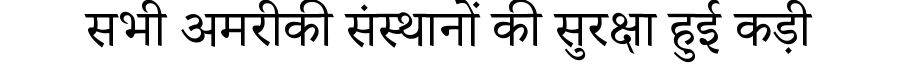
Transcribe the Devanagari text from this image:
सभी अमरीकी संस्थानों की सुरक्षा हुई कड़ी